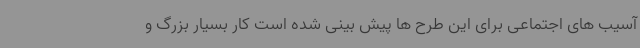
آسیب های اجتماعی برای این طرح ها پیش بینی شده است کار بسیار بزرگ و